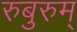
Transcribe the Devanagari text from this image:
रुबुरुम्